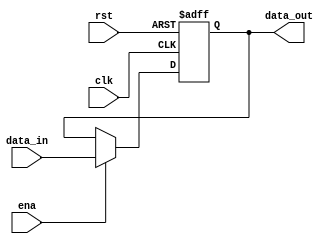
`timescale 1ns / 1ps

module PCReg(
    input clk,  //1PC
    input rst,  //1PC
                //enarst
    input ena,  //1PCdata_in
    input [31:0] data_in,   //32
    output [31:0] data_out  //32PC
    );
    reg [31:0] program_counter;

    always @ (posedge clk or posedge rst) 
    begin
        if (rst == 1)
            program_counter <= 32'h0040_0000;
        else if (ena)
            program_counter <= data_in;
        else
            program_counter <= program_counter;
    end

    assign data_out = program_counter;
endmodule